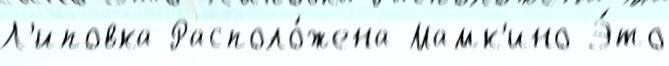
Л'иповка Располо́жена Мамк'ино Э́то